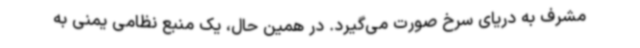
مشرف به دریای سرخ صورت می‌گیرد. در همین حال، یک منبع نظامی یمنی به